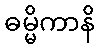
ဓမ္မိကာနိ